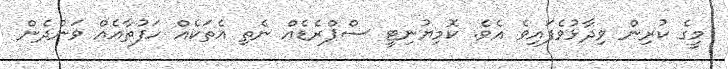
މީގެ ކުރިން ވިދާޅުވެފައިވެ އެވެ. ކޮމިޔުނިޓީ ސްޕްރެޑެއް ނެތި އެތަކެއް ހަފުތާއެއް ވަންދެން